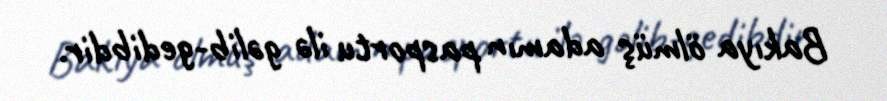
Bakıya ölmüş adamın pasportu ilə gəlib-gedibdir.